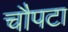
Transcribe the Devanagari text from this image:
चौपटा